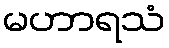
မဟာရသံ